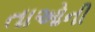
તાઓની